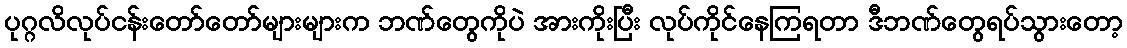
ပုဂ္ဂလိလုပ်ငန်းတော်တော်များများက ဘဏ်တွေကိုပဲ အားကိုးပြီး လုပ်ကိုင်နေကြရတာ ဒီဘဏ်တွေရပ်သွားတော့